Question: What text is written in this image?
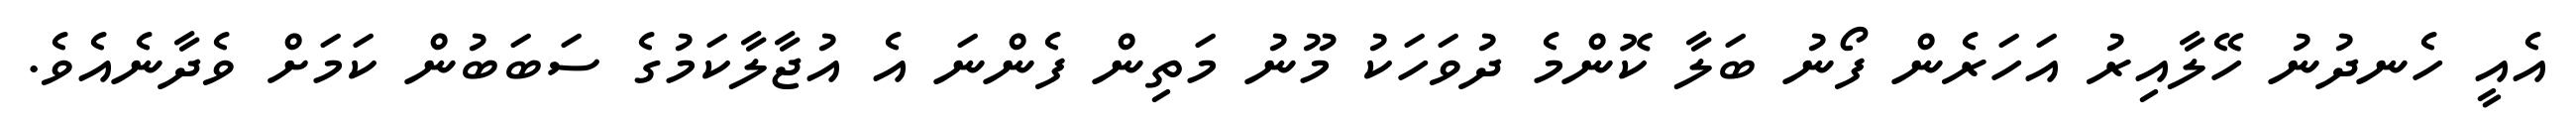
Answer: އެއީ ހެނދުނު ހޭލާއިރު އަހަރެން ފޯނު ބަލާ ކޮންމެ ދުވަހަކު މޫނު މަތިން ފެންނަ އެ އުޖާލާކަމުގެ ސަބަބުން ކަމަށް ވެދާނެއެވެ.